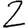
Digit: 2